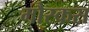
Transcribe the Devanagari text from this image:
मौस्कस